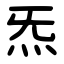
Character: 炁